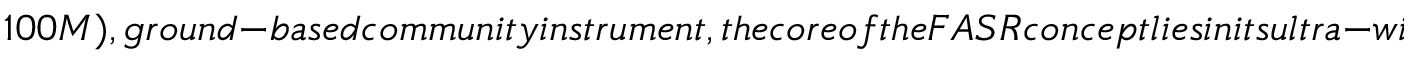
1 0 0 M ) , g r o u n d - b a s e d c o m m u n i t y i n s t r u m e n t , t h e c o r e o f t h e F A S R c o n c e p t l i e s i n i t s u l t r a - w i d e b a n d w i d t h a n d f a s t d i g i t a l c o r r e l a t o r s , a n d i t s o r d e r s o f m a g n i t u d e d e n s e r u - v c o v e r a g e i n a 4 -- 5 t i m e s l a r g e r f o o t p r i n t c o m p a r e d t o E O V S A . T h e e x p a n d e d b a n d w i d t h e n a b l e s b r o a d b a n d i m a g i n g s p e c t r o s c o p y a c r o s s t h e e n t i r e